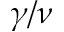
\gamma / \nu